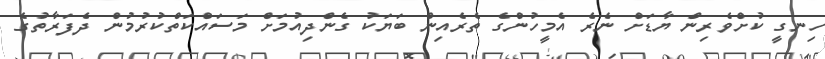
ހިނގީ ކުށްވެރިން ޔާޑަށް ނެރެ އެމީހުންގެ ތެރެއިން ބަޔަކު ގެންދިއުމަށް މަސައްކަތްކުރުމުން ދެފަރާތުގެ